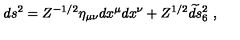
d s ^ { 2 } = Z ^ { - 1 / 2 } \eta _ { \mu \nu } d x ^ { \mu } d x ^ { \nu } + Z ^ { 1 / 2 } \widetilde { d s } { } _ { 6 } ^ { 2 } \ ,